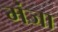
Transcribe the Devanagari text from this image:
मंजा